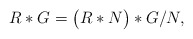
\begin{align*}R\ast G=\bigl( R\ast N\bigr)\ast G/N, \end{align*}